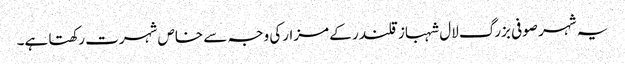
یہ شہر صوفی بزرگ لال شہباز قلندر کے مزارکی وجہ سے خاص شہرت رکھتا ہے۔